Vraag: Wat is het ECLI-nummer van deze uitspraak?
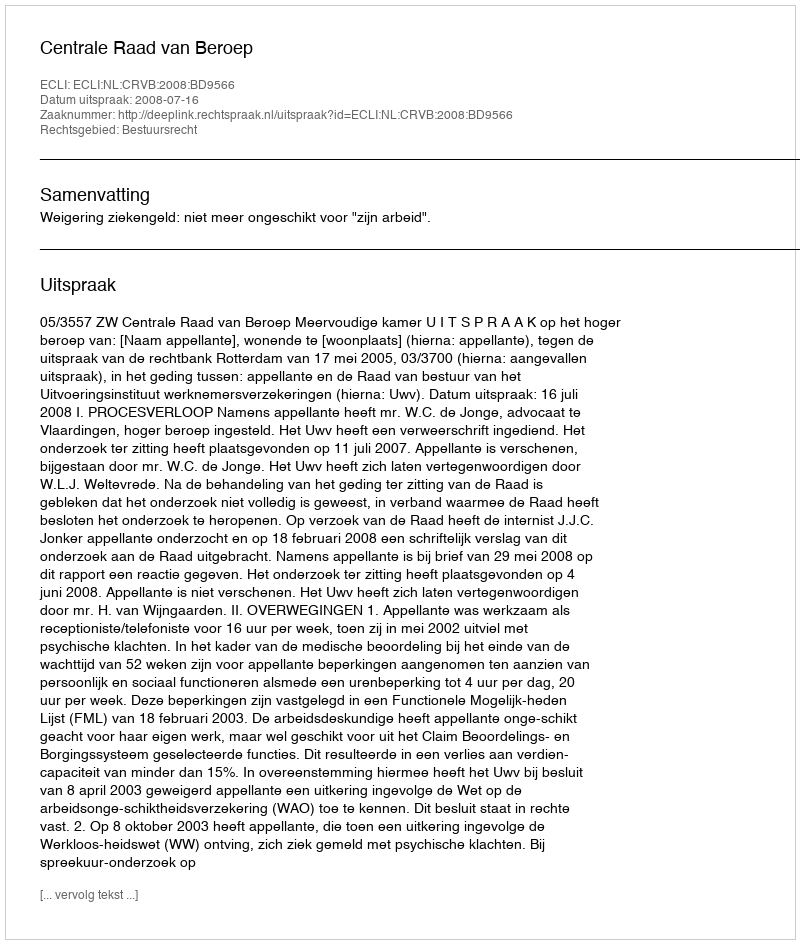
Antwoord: ECLI:NL:CRVB:2008:BD9566